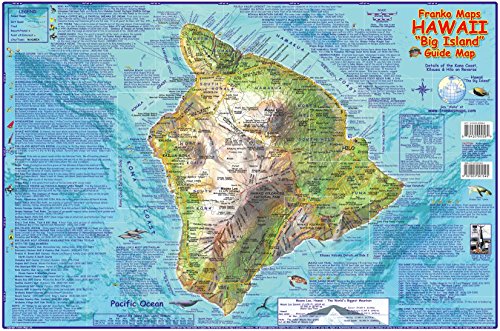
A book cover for Hawaii The Big Island Guide Franko Maps Laminated Map; Franko Maps Ltd.; Travel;